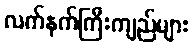
လက်နက်ကြီးကျည်များ